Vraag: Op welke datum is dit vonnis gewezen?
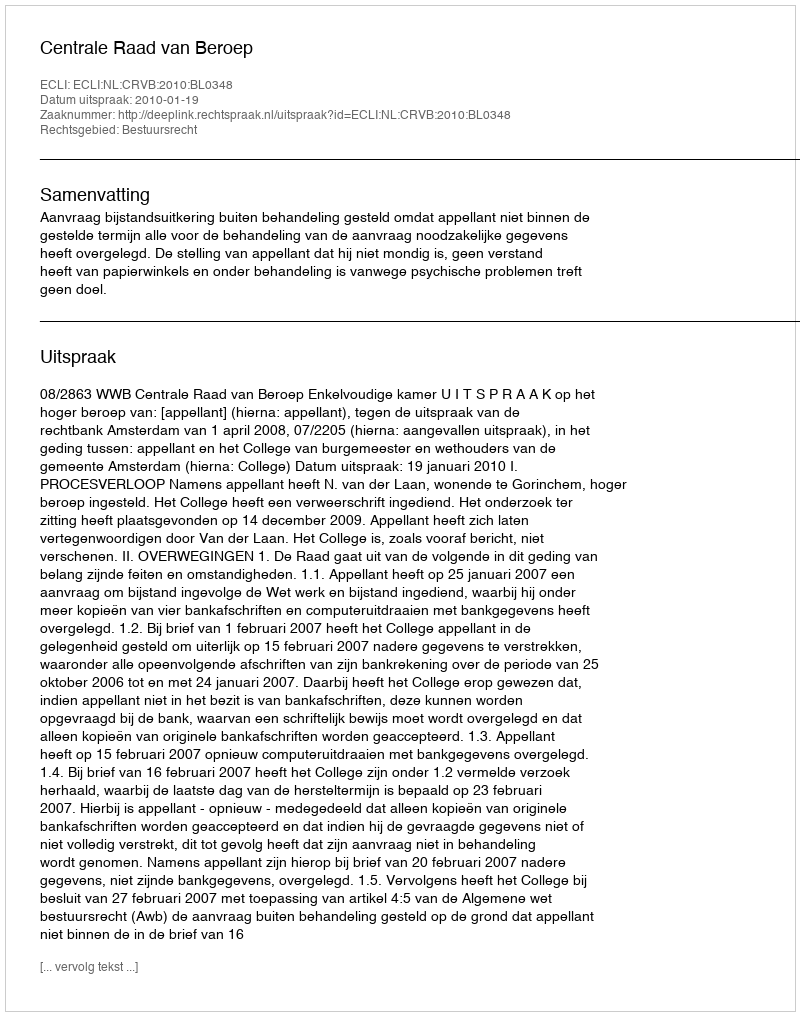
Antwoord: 2010-01-19